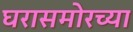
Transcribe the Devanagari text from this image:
घरासमोरच्या